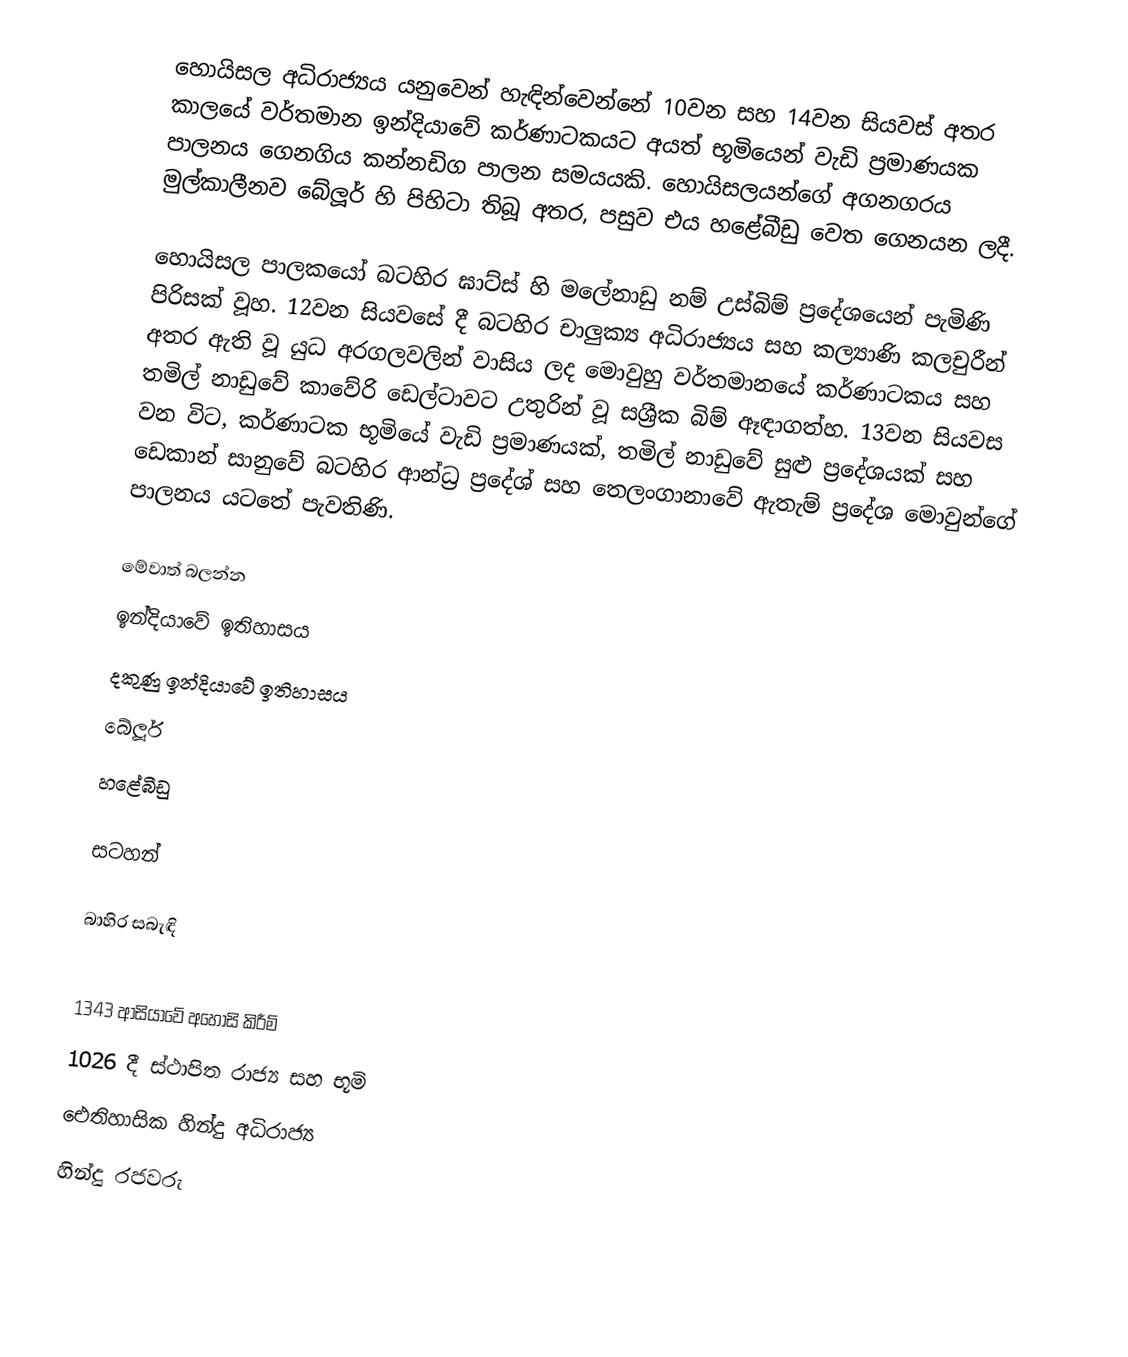
හොයිසල අධිරාජ්‍යය යනුවෙන් හැඳින්වෙන්නේ 10වන සහ 14වන සියවස් අතර කාලයේ වර්තමාන ඉන්දියාවේ කර්ණාටකයට අයත් භූමියෙන් වැඩි ප්‍රමාණයක පාලනය ගෙනගිය කන්නඩිග පාලන සමයයකි. හොයිසලයන්ගේ අගනගරය මුල්කාලීනව බේලූර් හි පිහිටා තිබූ අතර, පසුව එය හළේබීඩු වෙත ගෙනයන ලදී.

හොයිසල පාලකයෝ බටහිර ඝාට්ස් හි මලේනාඩු නම් උස්බිම් ප්‍රදේශයෙන් පැමිණි පිරිසක් වූහ. 12වන සියවසේ දී බටහිර චාලුක්‍ය අධිරාජ්‍යය සහ කල්‍යාණි කලචුරීන් අතර ඇති වූ යුධ අරගලවලින් වාසිය ලද මොවුහු වර්තමානයේ කර්ණාටකය සහ තමිල් නාඩුවේ කාවේරි ඩෙල්ටාවට උතුරින් වූ සශ්‍රීක බිම් ඈඳාගත්හ. 13වන සියවස වන විට, කර්ණාටක භූමියේ වැඩි ප්‍රමාණයක්, තමිල් නාඩුවේ සුළු ප්‍රදේශයක් සහ ඩෙකාන් සානුවේ බටහිර ආන්ධ්‍ර ප්‍රදේශ් සහ තෙලංගානාවේ ඇතැම් ප්‍රදේශ මොවුන්ගේ පාලනය යටතේ පැවතිණි.

මේවාත් බලන්න
 ඉන්දියාවේ ඉතිහාසය
 දකුණු ඉන්දියාවේ ඉතිහාසය
 බේලූර්
 හළේබීඩු

සටහන්

බාහිර සබැඳි

1343 ආසියාවේ අහෝසි කිරීම්
1026 දී ස්ථාපිත රාජ්‍ය සහ භූමි
ඓතිහාසික හින්දු අධිරාජ්‍ය
හින්දු රජවරු